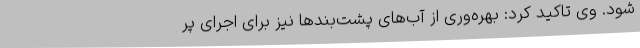
شود. وی تاکید کرد: بهره‌وری از آب‌های پشت‌بندها نیز برای اجرای پر